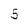
Character: 5